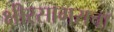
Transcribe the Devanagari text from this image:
क्षीरसागराचा